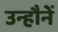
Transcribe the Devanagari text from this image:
उन्हौनें